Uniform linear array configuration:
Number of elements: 32
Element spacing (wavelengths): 0.25
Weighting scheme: kaiser
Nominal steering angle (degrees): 45
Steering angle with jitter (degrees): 46.899
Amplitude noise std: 0.05
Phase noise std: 0.05

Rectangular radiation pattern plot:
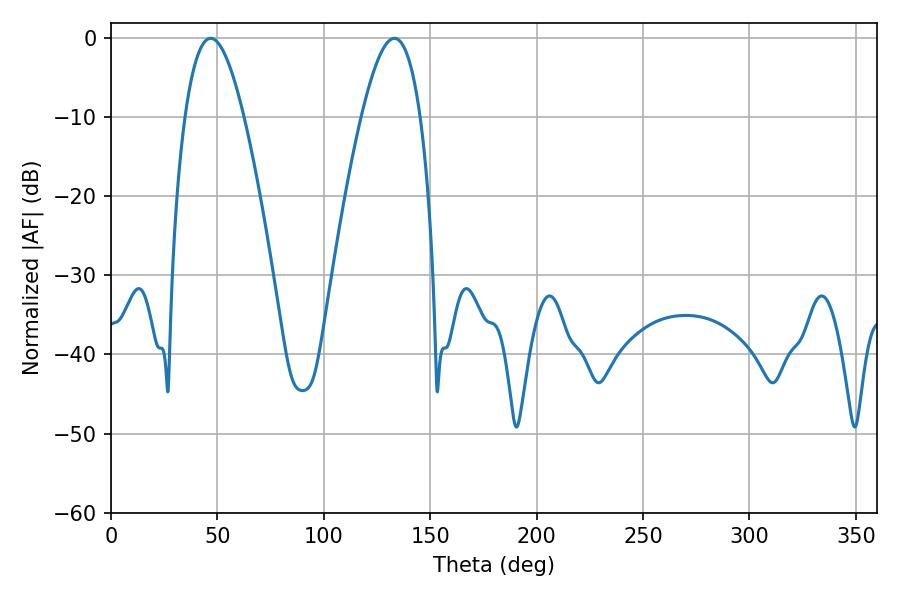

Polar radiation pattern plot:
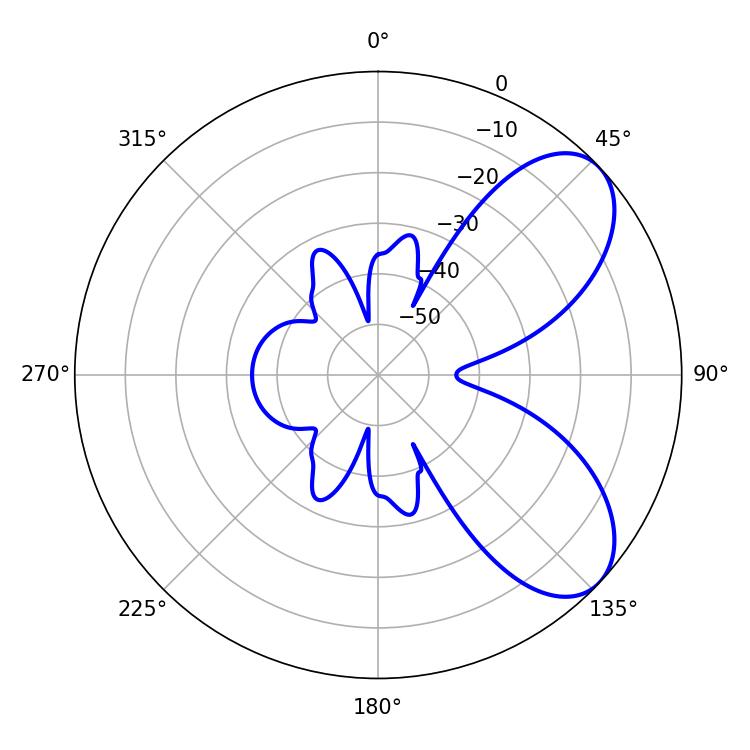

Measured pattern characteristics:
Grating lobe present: FALSE
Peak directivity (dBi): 6.792
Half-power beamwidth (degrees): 15.12
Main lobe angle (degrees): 46.8